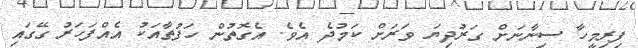
ފިރިމީހާ ސިނާނަށް ގަރުދިޔަ ވަރަށް ކަމުދެ އެވެ. އެގޮތުން ހަފުތާއަކު އެއްފަހަރު ގޭގައި